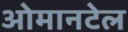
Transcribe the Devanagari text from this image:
ओमानटेल